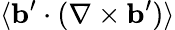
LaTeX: \langle{{\mathbf{b}}^{\prime}\cdot(\nabla\times{\mathbf{b}}^{\prime})}\rangle